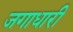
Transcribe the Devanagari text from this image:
जगाधारी